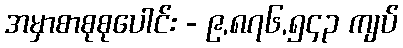
အမှာစာစုစုပေါင်း - ၉,၈၇၆,၅၄၃ ကျပ်